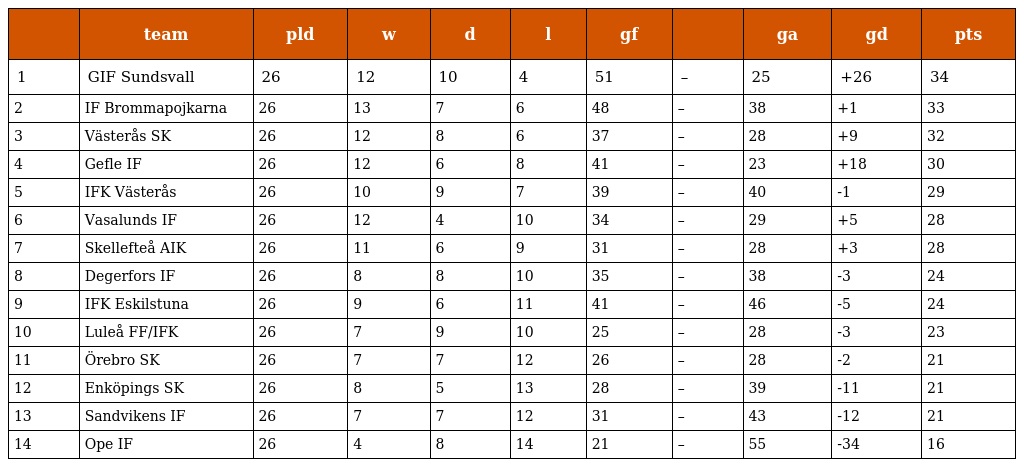
|  | team | pld | w | d | l | gf |  | ga | gd | pts |
 | --- | --- | --- | --- | --- | --- | --- | --- | --- | --- | --- |
 | 1 | GIF Sundsvall | 26 | 12 | 10 | 4 | 51 | – | 25 | +26 | 34 |
 | 2 | IF Brommapojkarna | 26 | 13 | 7 | 6 | 48 | – | 38 | +1 | 33 |
 | 3 | Västerås SK | 26 | 12 | 8 | 6 | 37 | – | 28 | +9 | 32 |
 | 4 | Gefle IF | 26 | 12 | 6 | 8 | 41 | – | 23 | +18 | 30 |
 | 5 | IFK Västerås | 26 | 10 | 9 | 7 | 39 | – | 40 | -1 | 29 |
 | 6 | Vasalunds IF | 26 | 12 | 4 | 10 | 34 | – | 29 | +5 | 28 |
 | 7 | Skellefteå AIK | 26 | 11 | 6 | 9 | 31 | – | 28 | +3 | 28 |
 | 8 | Degerfors IF | 26 | 8 | 8 | 10 | 35 | – | 38 | -3 | 24 |
 | 9 | IFK Eskilstuna | 26 | 9 | 6 | 11 | 41 | – | 46 | -5 | 24 |
 | 10 | Luleå FF/IFK | 26 | 7 | 9 | 10 | 25 | – | 28 | -3 | 23 |
 | 11 | Örebro SK | 26 | 7 | 7 | 12 | 26 | – | 28 | -2 | 21 |
 | 12 | Enköpings SK | 26 | 8 | 5 | 13 | 28 | – | 39 | -11 | 21 |
 | 13 | Sandvikens IF | 26 | 7 | 7 | 12 | 31 | – | 43 | -12 | 21 |
 | 14 | Ope IF | 26 | 4 | 8 | 14 | 21 | – | 55 | -34 | 16 |